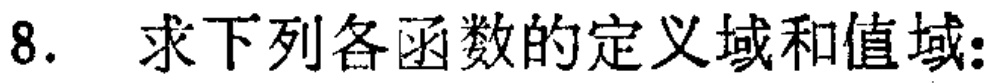
8. 求下列各函数的定义域和值域: